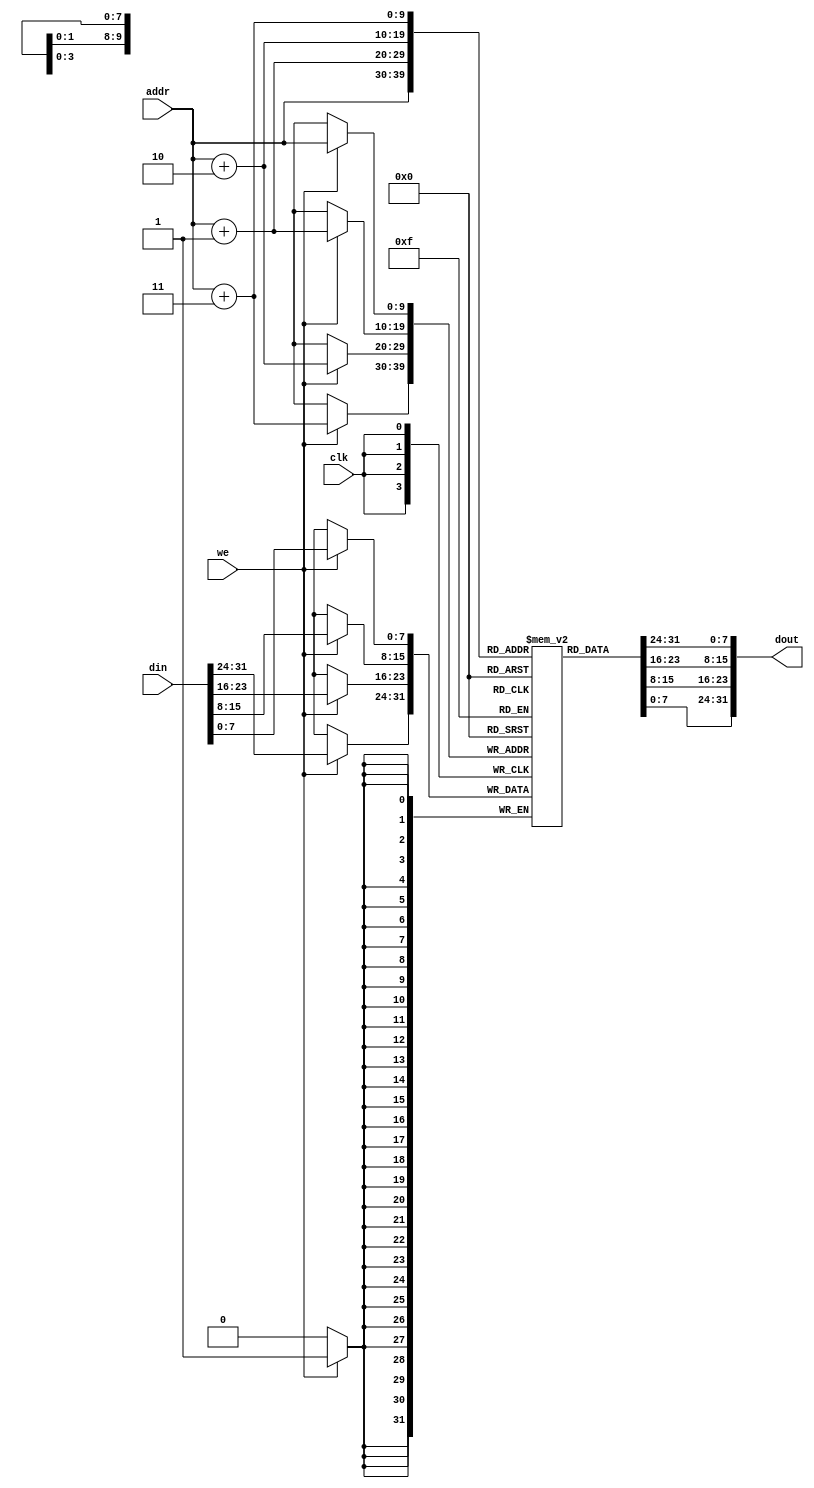
module dm_1k(addr, din, we, clk, dout);
  input [9:0] addr;
  input [31:0] din;
  input we;
  input clk;
  output [31:0] dout;

  reg [7:0] dm[1023:0];
  
  assign dout = {dm[addr+3], dm[addr+2], dm[addr+1], dm[addr]};
  
  integer i;
  initial
    begin
      for(i=0; i<1024; i=i+1) dm[i]<=0;
    end
  
  always@(posedge clk)
  begin
    if(we)
      begin
        {dm[addr+3], dm[addr+2], dm[addr+1], dm[addr]} <= {din[31:24], din[23:16], din[15:8], din[7:0]};
      end
  end

endmodule